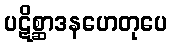
ပဋိစ္ဆာဒနဟေတုပေ